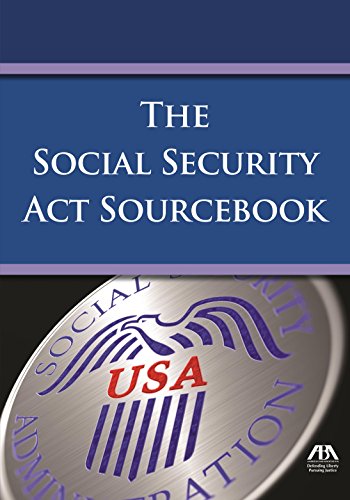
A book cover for The Social Security Act Sourcebook (ABA Sourcebook); United States; Law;